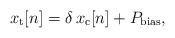
LaTeX: \begin{align*}x_{\rm t}[n]=\delta\, x_{\rm c}[n]+P_{\rm bias},\end{align*}